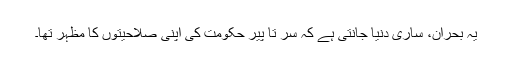
یہ بحران، ساری دنیا جانتی ہے کہ سر تا پیر حکومت کی اپنی صلاحیتوں کا مظہر تھا۔